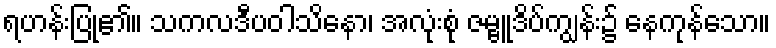
ရဟန်းပြု၏။ သကလဒီပဝါသိနော၊ အလုံးစုံ ဇမ္ဗူဒိပ်ကျွန်း၌ နေကုန်သော။